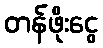
တန်ဖိုးငွေ